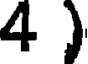
4 )